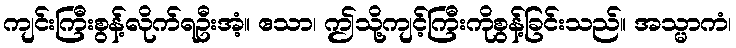
ကျင်းကြီးစွန့်လိုက်ရဦးအံ့။ ဧသာ၊ ဤသို့ကျင့်ကြီးကိုစွန့်ခြင်းသည်။ အသ္မာကံ၊